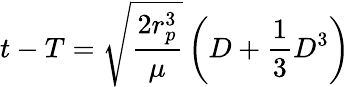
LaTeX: t-T={\sqrt{\frac{2r_{p}^{3}}{\mu}}}\left(D+{\frac{1}{3}}D^{3}\right)